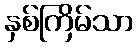
နှစ်ကြိမ်သာ